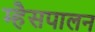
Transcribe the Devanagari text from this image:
म्हैसपालन